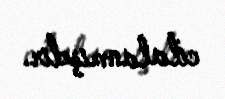
cilalanmışdır.